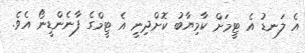
އެ ލަނޑު އެ ޓީމަށް ކާމިޔާބު ކޮށްދިނީ އެ ޓީމްގެ ފާނެންޑީނޯ އެވެ.